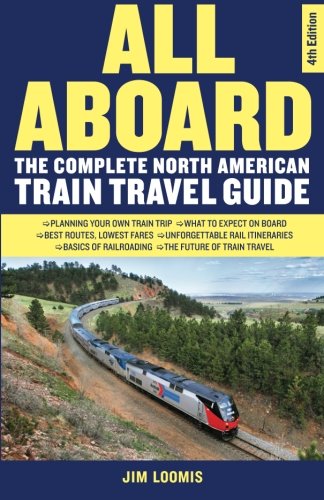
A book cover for All Aboard: The Complete North American Train Travel Guide; Jim Loomis; Engineering & Transportation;